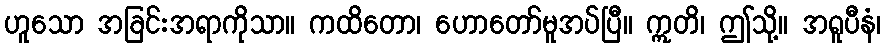
ဟူသော အခြင်းအရာကိုသာ။ ကထိတော၊ ဟောတော်မူအပ်ပြီ။ ဣတိ၊ ဤသို့။ အရူပီနံ၊